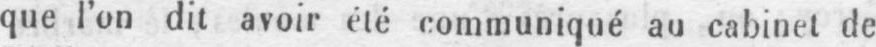
que l’on dit avoir été communiqué au cabinet de